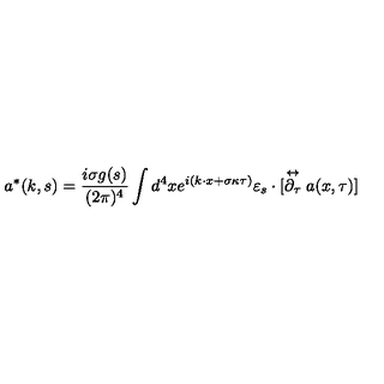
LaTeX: a ^ { * } ( k , s ) = \frac { i \sigma g ( s ) } { ( 2 \pi ) ^ { 4 } } \int d ^ { 4 } x e ^ { i ( k \cdot x + \sigma \kappa \tau ) } \varepsilon _ { s } \cdot [ \stackrel { \leftrightarrow } { \partial _ { \tau } } a ( x , \tau ) ]